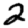
Digit: 2